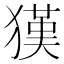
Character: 𤡉